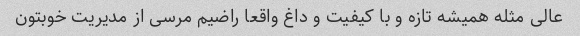
عالی مثله همیشه تازه و با کیفیت و داغ واقعا راضیم مرسی از مدیریت خوبتون